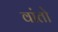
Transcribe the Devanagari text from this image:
वांतो